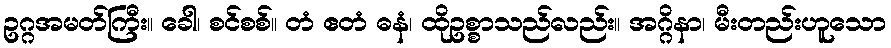
ဥဂ္ဂအမတ်ကြီး။ ခေါ၊ စင်စစ်။ တံ ဧတံ ဓနံ၊ ထိုဥစ္စာသည်လည်း။ အဂ္ဂိနာ၊ မီးတည်းဟူသော